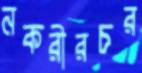
নকরীরচর